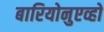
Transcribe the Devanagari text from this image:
बारियोनुएव्हो